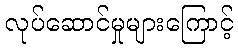
လုပ်ဆောင်မှုများကြောင့်